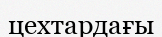
цехтардағы